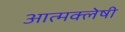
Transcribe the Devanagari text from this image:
आत्मक्लेषी